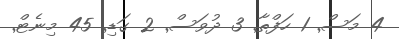
4 މަސް